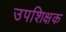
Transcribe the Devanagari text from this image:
उपशिक्षक